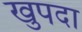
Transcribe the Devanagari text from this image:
खुपदा